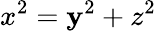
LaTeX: x^{2}=\mathbf{y}^{2}+z^{2}